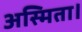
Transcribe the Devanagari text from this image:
अस्मिता।